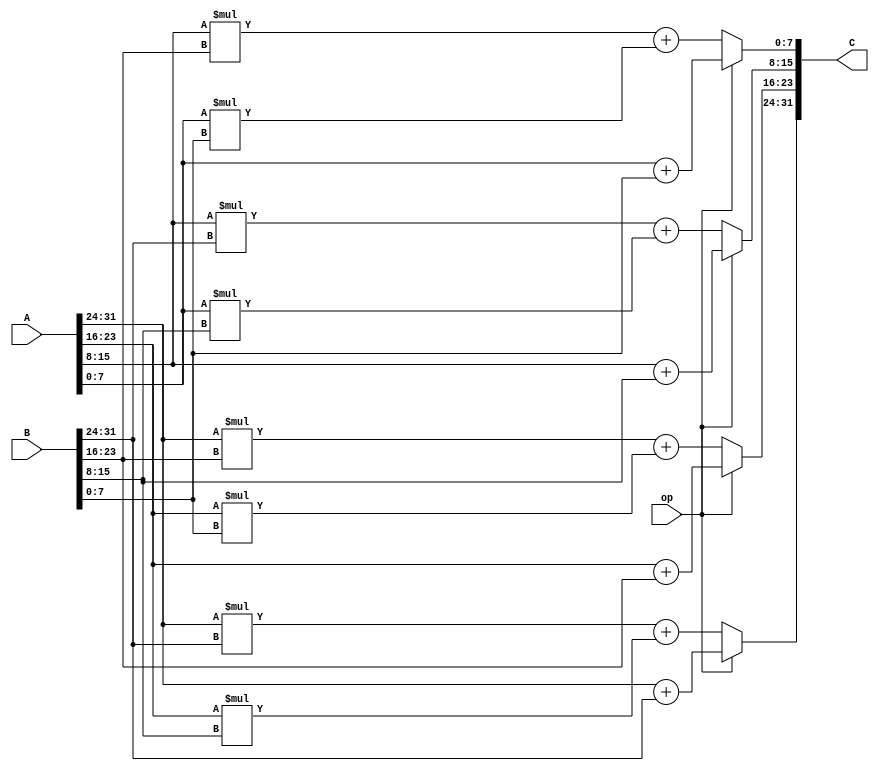
module matrix_calculator(
    input wire op,
    input wire [31:0] A, B,
    output reg [31:0]C );

always @(*) begin
    if(~op) begin
        C[31:24] <= A[31:24] * B[31:24] + A[23:16] * B[15:8];
        C[23:16] <= A[31:24] * B[23:16] + A[23:16] * B[7:0];
        C[15:8] <= A[15:8] * B[31:24] + A[7:0] * B[15:8];
        C[7:0] <= A[15:8] * B[23:16] + A[7:0] * B[7:0];
    end
    else begin
        C[31:24] <= A[31:24] + B[31:24] ;
        C[23:16] <= A[23:16] + B[23:16] ;
        C[15:8] <= A[15:8] + B[15:8];
        C[7:0] <= A[7:0] + B[7:0];
    end
end

endmodule